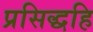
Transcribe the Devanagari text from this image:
प्रसिद्धहि